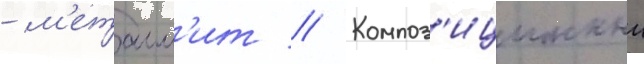
- м'еталл'ит // Композ'иционныи